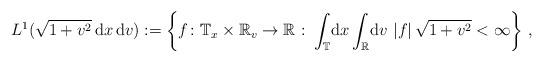
LaTeX: \begin{align*}& L^1(\sqrt{1+v^2}\,\mathrm{d} x\, \mathrm{d} v) := \left\{f\colon {\mathbb{T}}_x \times \mathbb{R}_v \to \mathbb{R} \:\colon \int_{\mathbb{T}}\!\mathrm{d} x \int_{\mathbb{R}}\! \mathrm{d} v\, \left\vert f \right\vert \sqrt{1+v^{2}} < \infty \right\}\,, \end{align*}